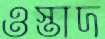
ওস্তাদ